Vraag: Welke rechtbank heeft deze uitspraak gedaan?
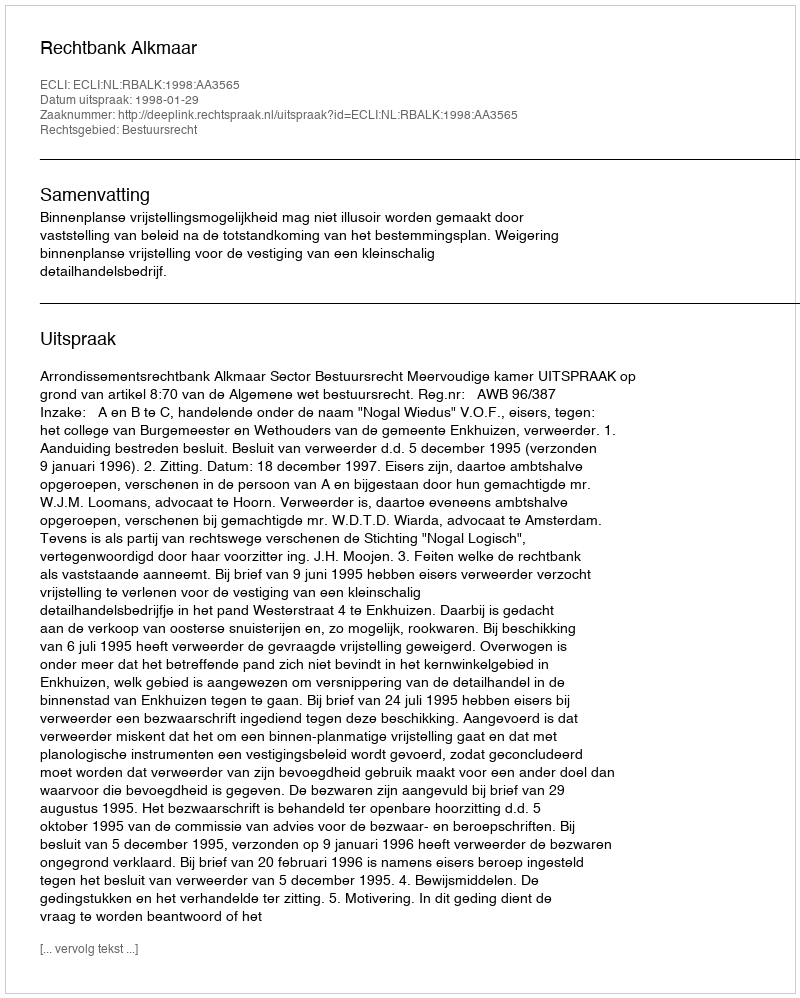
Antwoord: Rechtbank Alkmaar